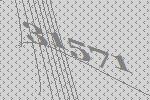
31571